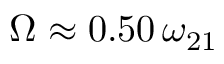
\Omega \approx 0 . 5 0 \, \omega _ { 2 1 }